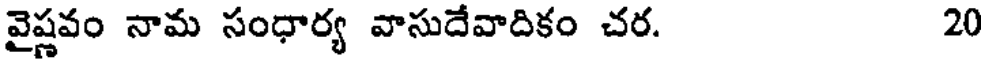
వైష్ణవం నామ సంధార్య వాసుదేవాదికం చర. 20